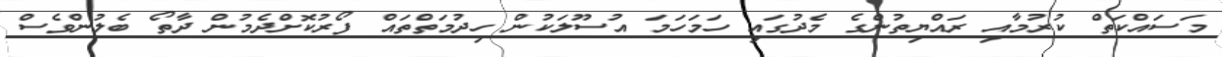
މަސައްކަތް ކުރުމާއި ރައްޔިތުންގެ މެދުގައި ހަމަހަމަ އުސޫލަކުން ހިދުމަތްތައް ފޯރުކޮށްދެމުން ދާތޯ ބެލުންވެސް